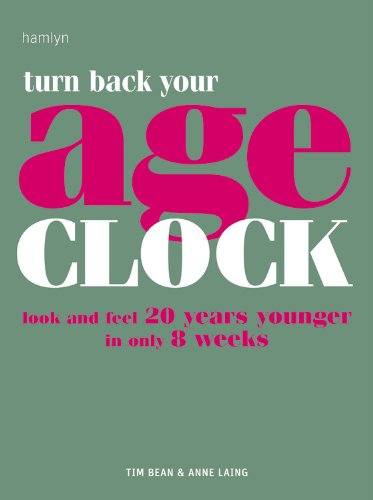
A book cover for Turn Back Your Age Clock: Look and Feel 20 Years Younger in Only 8 Weeks; Tim Bean; Health, Fitness & Dieting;